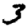
Digit: 3